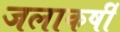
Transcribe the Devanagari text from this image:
जलाकर्षी